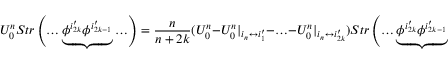
U _ { 0 } ^ { n } S t r \left( \ldots \underbrace { \phi ^ { i _ { 2 k } ^ { \prime } } \phi ^ { i _ { 2 k - 1 } ^ { \prime } } } \ldots \right) = \frac { n } { n + 2 k } ( U _ { 0 } ^ { n } - U _ { 0 } ^ { n } | _ { i _ { n } \leftrightarrow i _ { 1 } ^ { \prime } } - \ldots - U _ { 0 } ^ { n } | _ { i _ { n } \leftrightarrow i _ { 2 k } ^ { \prime } } ) S t r \left( \ldots \underbrace { \phi ^ { i _ { 2 k } ^ { \prime } } \phi ^ { i _ { 2 k - 1 } ^ { \prime } } } \ldots \right) .